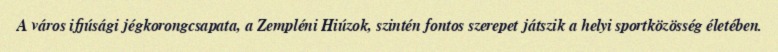
A város ifjúsági jégkorongcsapata, a Zempléni Hiúzok, szintén fontos szerepet játszik a helyi sportközösség életében.